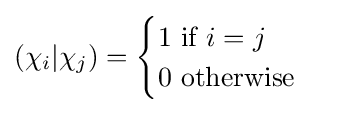
(\chi _{i}|\chi _{j})={\begin{cases}1{\text{ if }}i=j\\0{\text{ otherwise }}\end{cases}}